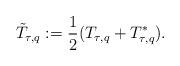
LaTeX: \begin{align*}\tilde{T}_{\tau,q}:=\frac12(T_{\tau,q}+T_{\tau,q}^*).\end{align*}